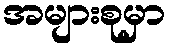
အများစုမှာ